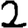
Digit: 2